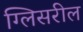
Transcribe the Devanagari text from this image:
ग्लिसरील